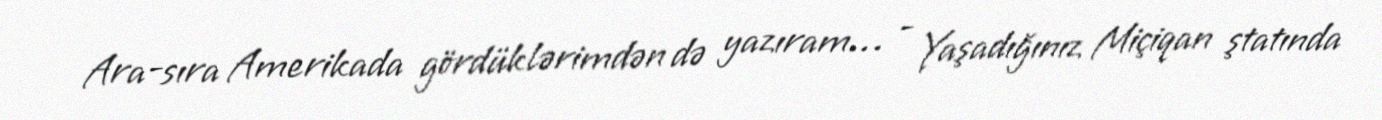
Ara-sıra Amerikada gördüklərimdən də yazıram… - Yaşadığınız Miçiqan ştatında